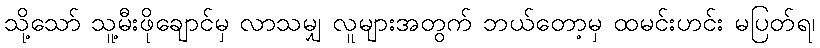
သို့သော် သူ့မီးဖိုချောင်မှ လာသမျှ လူများအတွက် ဘယ်တော့မှ ထမင်းဟင်း မပြတ်ရ၊